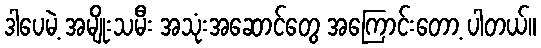
ဒါပေမဲ့ အမျိုးသမီး အသုံးအဆောင်တွေ အကြောင်းတော့ ပါတယ်။